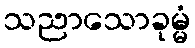
သညာသောခုမ္မံ